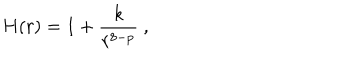
LaTeX: H ( r ) = 1 + \frac { k } { r ^ { 8 - p } } \ ,